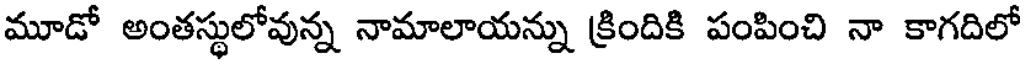
మూడో అంతస్థులోవున్న నామాలాయన్ను క్రిందికి పంపించి నా కాగదిలో